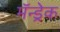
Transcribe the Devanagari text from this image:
मॅन्ड्रेक